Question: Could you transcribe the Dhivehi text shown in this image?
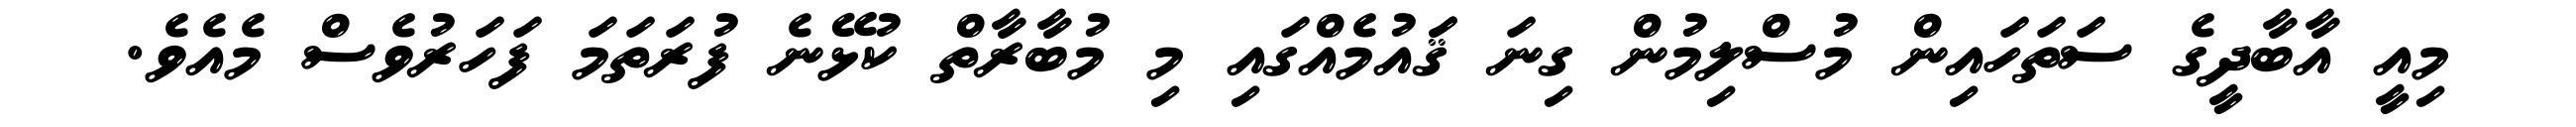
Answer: މިއީ އާބާދީގެ ސަތަހައިން މުސްލިމުން ގިނަ ޤަައުމެއްގައި މި މުބާރާތް ކުޅޭނެ ފުރަތަމަ ފަހަރުވެސް މެއެވެ.